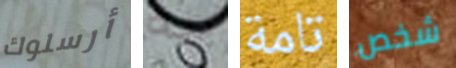
أرسلوك ييه تامة شخص